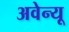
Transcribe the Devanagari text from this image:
अवेन्यू